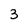
Character: 3